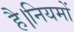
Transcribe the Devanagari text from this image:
है।नियमों